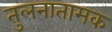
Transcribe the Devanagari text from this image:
तुलनातामक